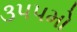
૩૫૫મો